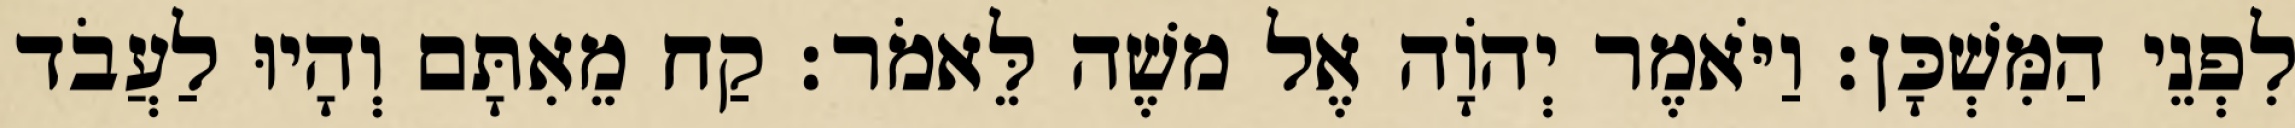
לִפְנֵי הַמִּשְׁכָּן׃ וַיֹּאמֶר יְהוָֹה אֶל משֶׁה לֵּאמֹר׃ קַח מֵאִתָּם וְהָיוּ לַעֲבֹד